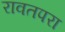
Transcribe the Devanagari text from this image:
रावतपरा